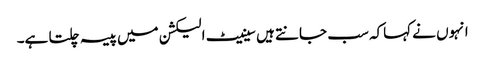
انہوں نے کہاکہ سب جانتے ہیں سینیٹ الیکشن میں پیسہ چلتا ہے۔